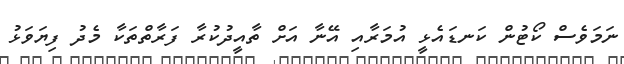
ނަމަވެސް ކޯޓުން ކަނޑައެޅީ އުމަރާއި އޭނާ އަށް ތާއީދުކުރާ ފަރާތްތަކާ މެދު ފިޔަވަޅު